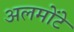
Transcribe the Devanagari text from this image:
अलमोंटे